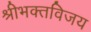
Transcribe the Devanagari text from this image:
श्रीभक्तविजय